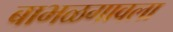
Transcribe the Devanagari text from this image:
बाभळगावला